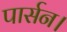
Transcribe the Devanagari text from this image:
पार्सन।